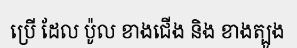
ប្រើ ដែល ប៉ូល ខាងជើង និង ខាងត្បូង